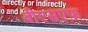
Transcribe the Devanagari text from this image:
बीएसएफ़